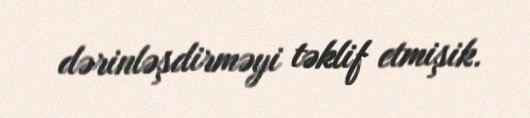
dərinləşdirməyi təklif etmişik.